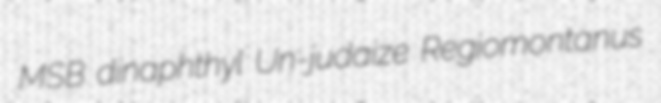
MSB dinaphthyl Un-judaize Regiomontanus